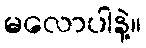
မလောပါနဲ့။